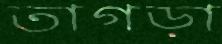
তাগড়া